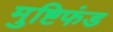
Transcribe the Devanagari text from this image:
मुष्टिफंड